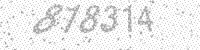
Solution: 818314